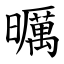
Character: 曞